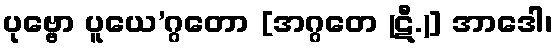
ပုဗ္ဗော ပူယေ’ဂ္ဂတော [အဂ္ဂတေ (ဋီ.)] အာဒေါ၊